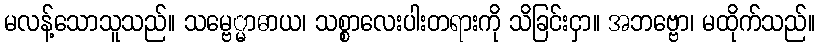
မလန့်သောသူသည်။ သမ္ဗေ္မာဓာယ၊ သစ္စာလေးပါးတရားကို သိခြင်းငှာ။ အဘဗ္ဗော၊ မထိုက်သည်။